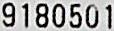
9180501